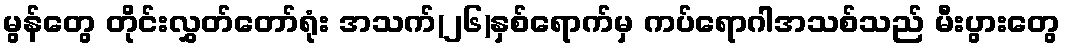
မွန်တွေ တိုင်းလွှတ်တော်ရုံး အသက်(၂၆)နှစ်ရောက်မှ ကပ်ရောဂါအသစ်သည် မီးပွားတွေ